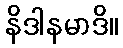
နိဒါနမာဒိ။